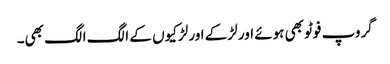
گروپ فوٹو بھی ہوئے اور لڑکے اور لڑکیوں کے الگ الگ بھی۔